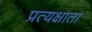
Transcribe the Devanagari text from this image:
प्रत्यक्षाता